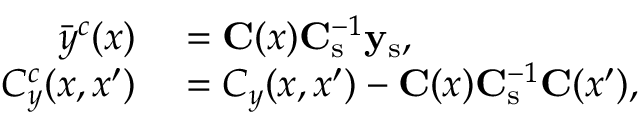
\begin{array} { r l } { \bar { y } ^ { c } ( x ) } & { { } = \mathbf { C } ( x ) \mathbf { C } _ { \mathrm { s } } ^ { - 1 } \mathbf { y } _ { \mathrm { s } } , } \\ { C _ { y } ^ { c } ( x , x ^ { \prime } ) } & { { } = C _ { y } ( x , x ^ { \prime } ) - \mathbf { C } ( x ) \mathbf { C } _ { \mathrm { s } } ^ { - 1 } \mathbf { C } ( x ^ { \prime } ) , } \end{array}